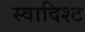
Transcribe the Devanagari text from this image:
स्वादिश्ट